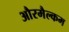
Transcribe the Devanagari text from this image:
औरमैल्कम